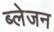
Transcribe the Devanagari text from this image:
ब्लेजन